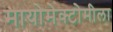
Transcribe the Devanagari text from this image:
मायोमेक्टोमीला